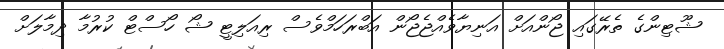
ޝޫޓިންގެ ތެރޭގައި ޖޯންއަށް އަނިޔާވެއްޖެޖޯން އަބްރަހަމްވެސް ރިއަލިޓީ ޝޯ ހޯސްޓް ކުރުމާ ދިމާލަށް